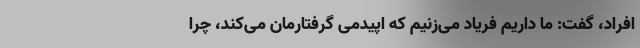
افراد، گفت: ما داریم فریاد می‌زنیم که اپیدمی گرفتارمان می‌کند، چرا